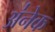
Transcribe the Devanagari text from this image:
अ॑नेक